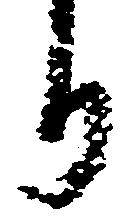
り